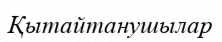
Қытайтанушылар